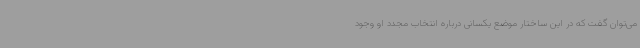
می‌توان گفت که در این ساختار موضع یکسانی درباره انتخاب مجدد او وجود